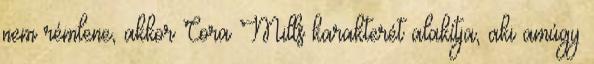
nem rémlene, akkor Cora Mills karakterét alakítja, aki amúgy